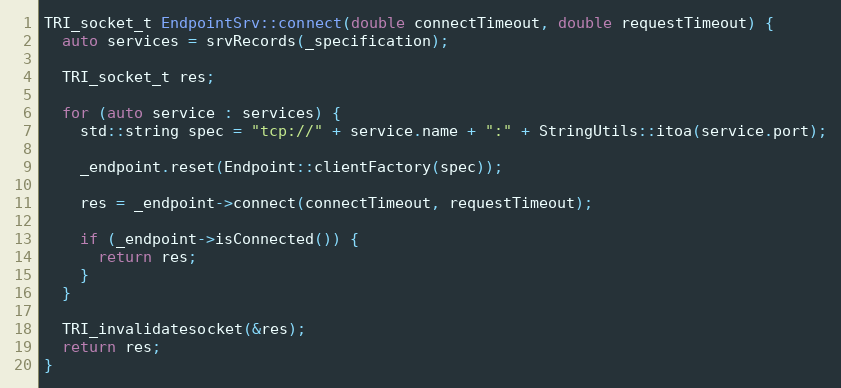
Language: C++
TRI_socket_t EndpointSrv::connect(double connectTimeout, double requestTimeout) {
  auto services = srvRecords(_specification);

  TRI_socket_t res;

  for (auto service : services) {
    std::string spec = "tcp://" + service.name + ":" + StringUtils::itoa(service.port);

    _endpoint.reset(Endpoint::clientFactory(spec));

    res = _endpoint->connect(connectTimeout, requestTimeout);

    if (_endpoint->isConnected()) {
      return res;
    }
  }

  TRI_invalidatesocket(&res);
  return res;
}